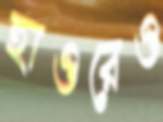
হাওরেও